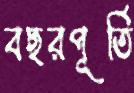
বছরপূর্তি